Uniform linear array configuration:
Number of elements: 24
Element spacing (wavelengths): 0.5
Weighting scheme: blackman
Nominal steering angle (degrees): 45
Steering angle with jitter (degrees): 46.663
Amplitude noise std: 0.05
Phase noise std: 0.05

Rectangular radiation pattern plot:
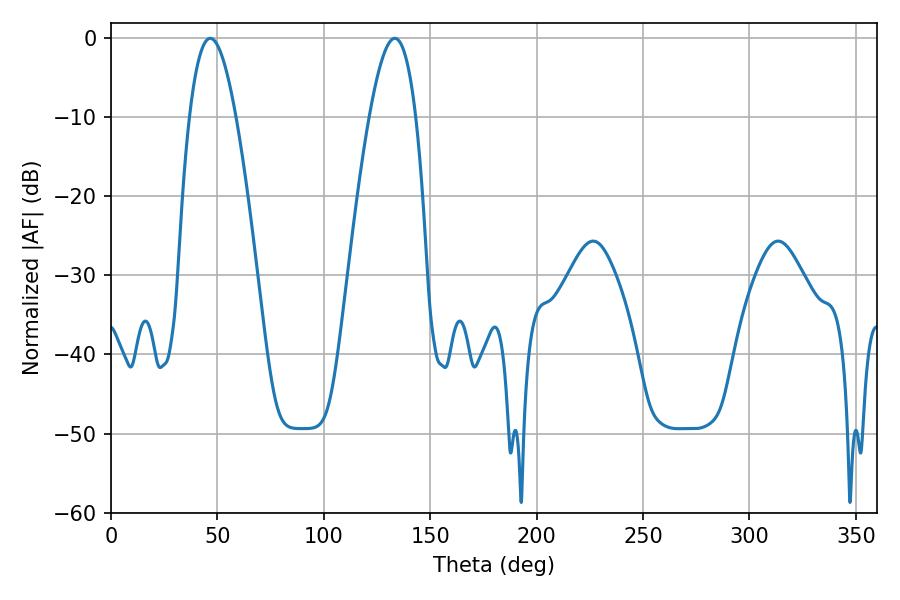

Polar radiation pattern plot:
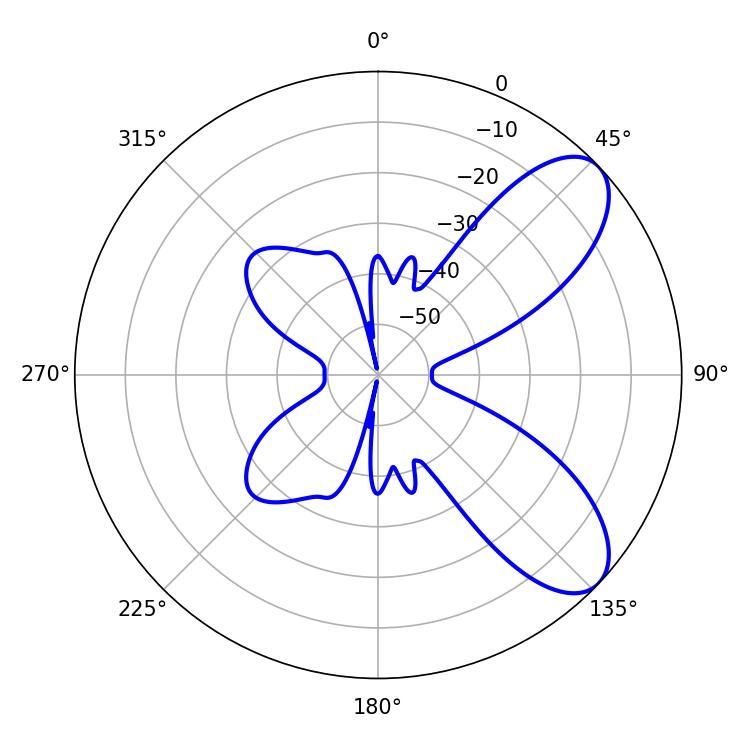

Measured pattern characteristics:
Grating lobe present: FALSE
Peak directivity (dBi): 7.861
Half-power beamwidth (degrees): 11.88
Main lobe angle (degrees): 46.62